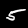
Digit: 5